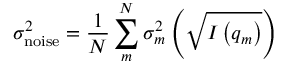
\sigma _ { \mathrm { n o i s e } } ^ { 2 } = \frac { 1 } { N } \sum _ { m } ^ { N } \sigma _ { m } ^ { 2 } \left( \sqrt { I \left( q _ { m } \right) } \right)